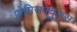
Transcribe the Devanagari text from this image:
प्रोमिसक्युअस